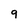
Character: 9